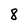
Character: 8